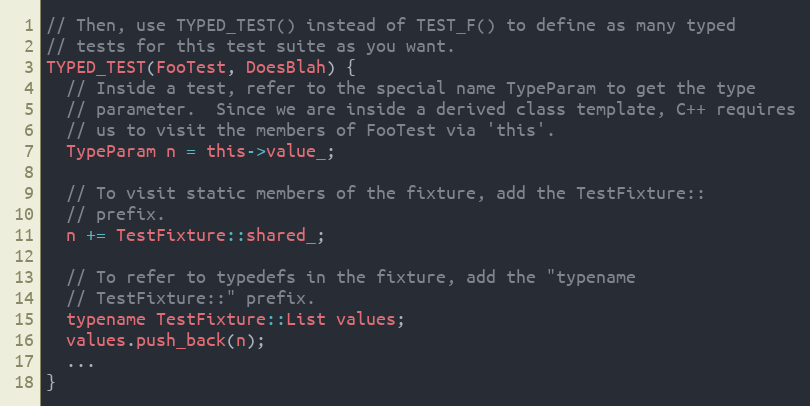
Language: C
// Then, use TYPED_TEST() instead of TEST_F() to define as many typed
// tests for this test suite as you want.
TYPED_TEST(FooTest, DoesBlah) {
  // Inside a test, refer to the special name TypeParam to get the type
  // parameter.  Since we are inside a derived class template, C++ requires
  // us to visit the members of FooTest via 'this'.
  TypeParam n = this->value_;

  // To visit static members of the fixture, add the TestFixture::
  // prefix.
  n += TestFixture::shared_;

  // To refer to typedefs in the fixture, add the "typename
  // TestFixture::" prefix.
  typename TestFixture::List values;
  values.push_back(n);
  ...
}